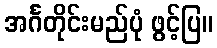
အင်္ဂတိုင်းမည်ပုံ ဖွင့်ပြ။